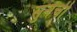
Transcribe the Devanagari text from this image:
सुनेची